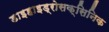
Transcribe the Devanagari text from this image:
डाइहाइड्रोसक्सिनिक